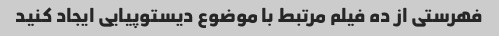
فهرستی از ده فیلم مرتبط با موضوع دیستوپیایی ایجاد کنید